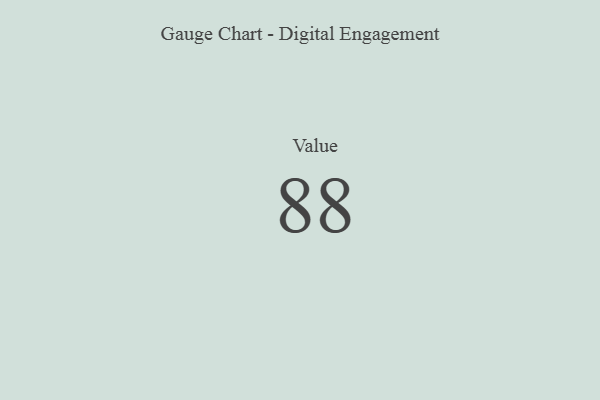
{"axis": {"x": "Metric", "y": "Value"}, "legend": [""], "data": [{"x": "Value", "y": 88, "type": ""}]}